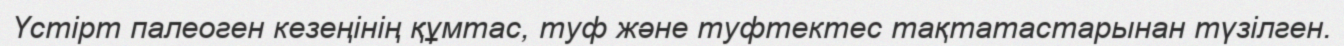
Үстірт палеоген кезеңінің құмтас, туф және туфтектес тақтатастарынан түзілген.